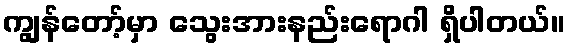
ကျွန်တော့်မှာ သွေးအားနည်းရောဂါ ရှိပါတယ်။